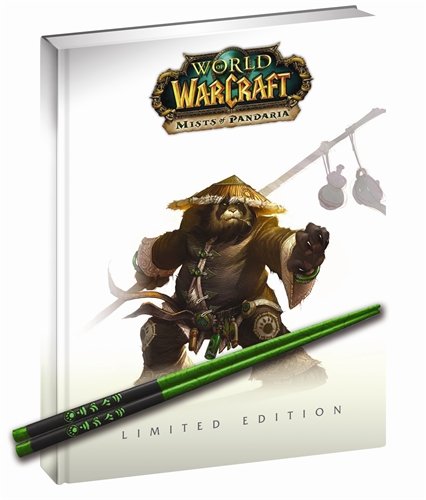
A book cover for World of Warcraft:  Mists of Pandaria Limited Edition Guide; BradyGames; Computers & Technology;